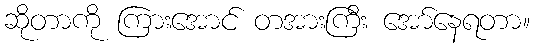
ဆိုတာကို ကြားအောင် တအားကြီး အော်နေရတာ။